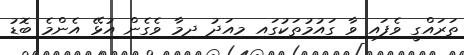
ތަރައްގީ ވެފައި ވާ ގައުމުތަކުގައި މިއަދު ދިމާ ވެގެން އުޅޭ އެންމެ ބޮޑު